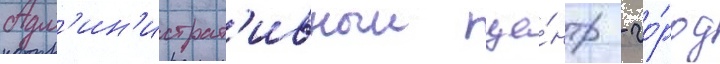
Адм'ин'истрат'ивныи це́нтр - го́род